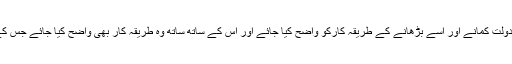
اس لیے یہ ضروری ہے کہ افراد کے لیے دولت کمانے اور اسے بڑھانے کے طریقہ کارکو واضح کیا جائے اور اس کے ساتھ ساتھ وہ طریقہ کار بھی واضح کیا جائے جس کے ذریعے دولت معاشرے میں تقسیم ہو گی۔